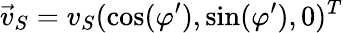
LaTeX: \vec{v}_{S}=v_{S}(\cos(\varphi^{\prime}),\sin(\varphi^{\prime}),0)^{T}